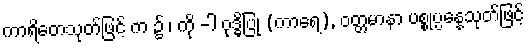
ကာရိတေသုတ်ဖြင့် က ၌ ၊ ကို -ါ ဝုဒ္ဓိပြု (ကာရေ), ဝတ္တမာနာ ပစ္စုပ္ပန္နေသုတ်ဖြင့်